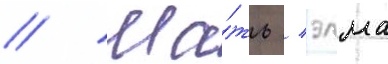
// Ма́ть / элма